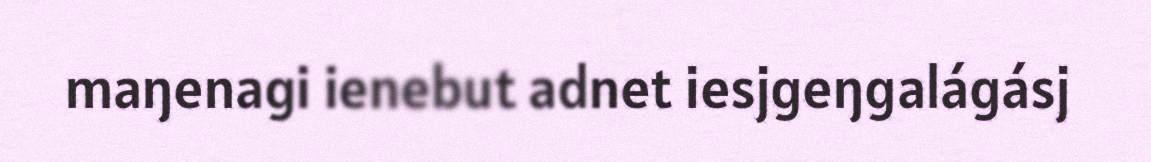
maŋenagi ienebut adnet iesjgeŋgalágásj